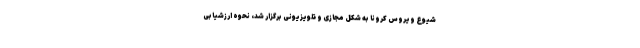
شیوع ویروس کرونا به شکل مجازی و تلویزیونی برگزار شد، نحوه ارزشیابی